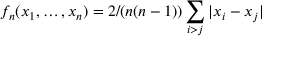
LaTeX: f _ { n } ( x _ { 1 } , \ldots , x _ { n } ) = 2 / ( n ( n - 1 ) ) \sum _ { i > j } | x _ { i } - x _ { j } |